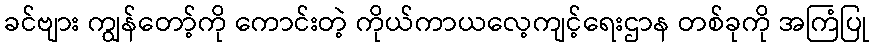
ခင်ဗျား ကျွန်တော့်ကို ကောင်းတဲ့ ကိုယ်ကာယလေ့ကျင့်ရေးဌာန တစ်ခုကို အကြံပြု